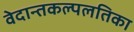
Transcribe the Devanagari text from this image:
वेदान्तकल्पलतिका